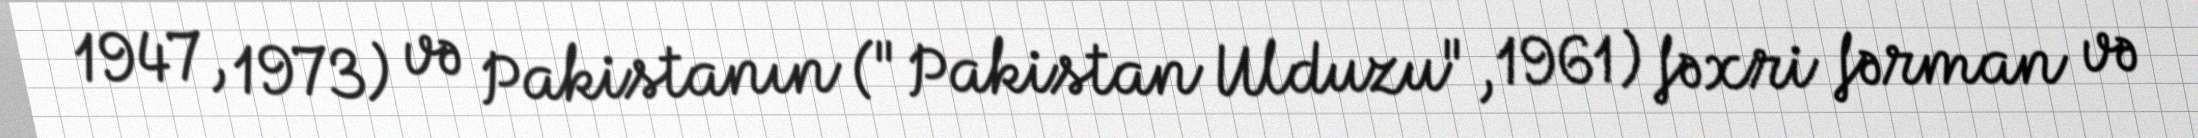
1947, 1973) və Pakistanın ("Pakistan Ulduzu", 1961) fəxri fərman və